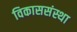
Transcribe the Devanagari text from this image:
विकाससंस्था